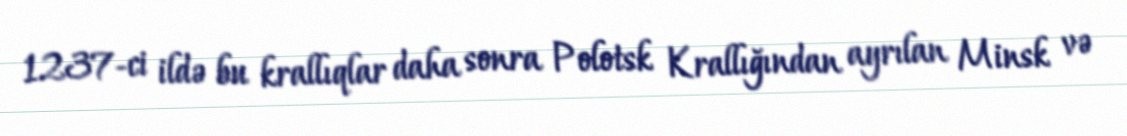
1237-ci ildə bu krallıqlar daha sonra Polotsk Krallığından ayrılan Minsk və